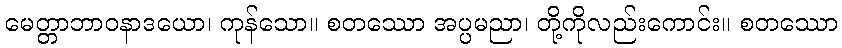
မေတ္တာဘာဝနာဒယော၊ ကုန်သော။ စတဿော အပ္ပမညာ၊ တို့ကိုလည်းကောင်း။ စတဿော